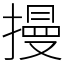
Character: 摱